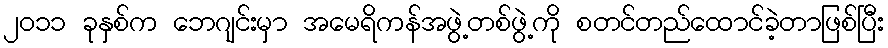
၂၀၁၁ ခုနှစ်က ဘေဂျင်းမှာ အမေရိကန်အဖွဲ့တစ်ဖွဲ့ကို စတင်တည်ထောင်ခဲ့တာဖြစ်ပြီး